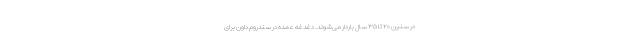
در سنین ۲۰ تا ۳۵ سال باردار می‌شوند. دغدغه عمده در سندروم داون برای